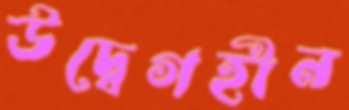
উদ্বেগহীন